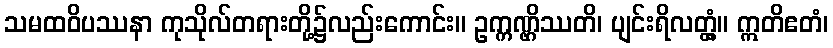
သမထဝိပဿနာ ကုသိုလ်တရားတို့၌လည်းကောင်း။ ဥက္ကဏ္ဌိဿတိ၊ ပျင်းရိလတ္တံ့။ ဣတိဧတံ၊